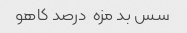
سس بد مزه  درصد کاهو